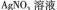
AgNO_{3}溶液